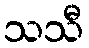
သသီ